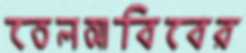
তেলআবিবের